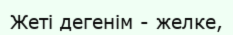
Жеті дегенім - желке,